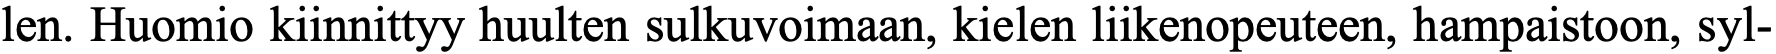
len. Huomio kiinnittyy huulten sulkuvoimaan, kielen liikenopeuteen, hampaistoon, syl-